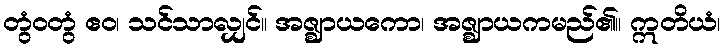
တွံဝတွံ ဧဝ၊ သင်သာလျှင်။ အဇ္ဈာယကော၊ အဇ္ဈာယကမည်၏။ ဣတိယံ၊